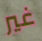
غير